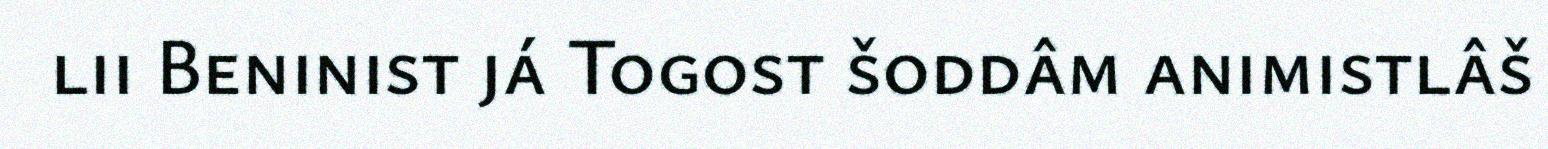
lii Beninist já Togost šoddâm animistlâš